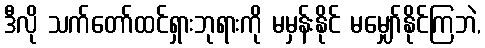
ဒီလို သက်တော်ထင်ရှားဘုရားကို မမှန်းနိုင် မမျှော်နိုင်ကြဘဲ,